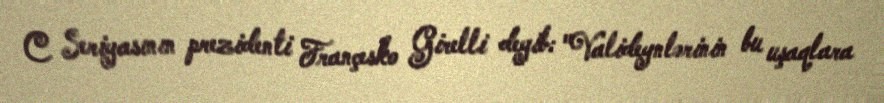
C Seriyasının prezidenti Françesko Girelli deyib: "Valideynlərinin bu uşaqlara